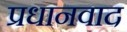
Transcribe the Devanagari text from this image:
प्रधानवाद